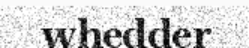
whedder